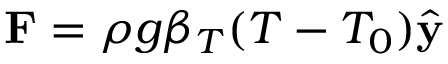
\mathbf { F } = \rho g \beta _ { T } ( T - T _ { 0 } ) \hat { \mathbf { y } }